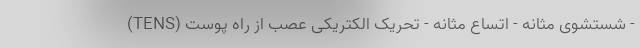
- شستشوی مثانه - اتساع مثانه - تحریک الکتریکی عصب از راه پوست (TENS)